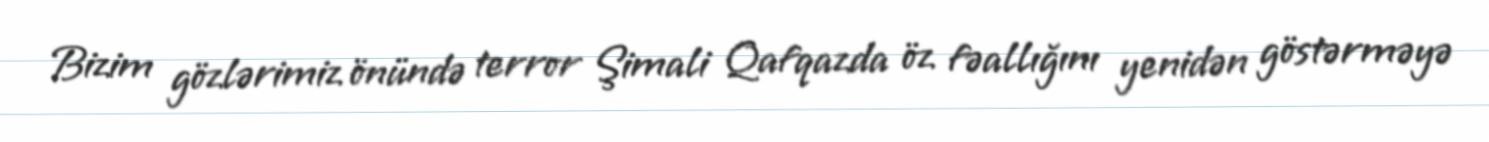
Bizim gözlərimiz önündə terror Şimali Qafqazda öz fəallığını yenidən göstərməyə